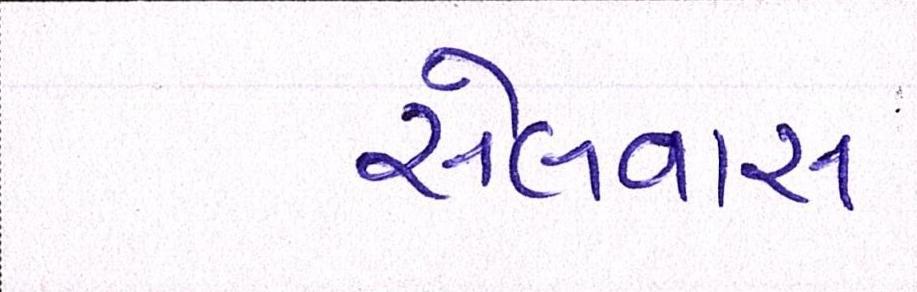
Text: સેલવાસ